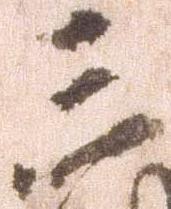
三